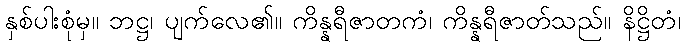
နှစ်ပါးစုံမှ။ ဘဋ္ဌ၊ ပျက်လေ၏။ ကိန္နရီဇာတကံ၊ ကိန္နရီဇာတ်သည်။ နိဋ္ဌိတံ၊